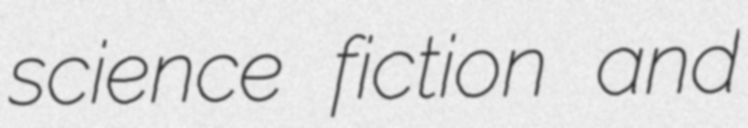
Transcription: science fiction and